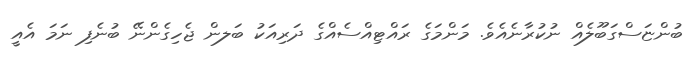
ބުންޏަސްގަބޫލެއް ނުކުރާނެއެވެ. މަންމަގެ ރައްޓިއްސެއްގެ ދަރިއަކު ބަލން ޖެހިގެންނޭ ބުނެފި ނަމަ އެއީ